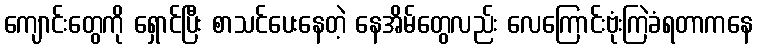
ကျောင်းတွေကို ရှောင်ပြီး စာသင်ပေးနေတဲ့ နေအိမ်တွေလည်း လေကြောင်းဗုံးကြဲခံရတာကနေ